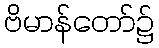
ဗိမာန်တော်၌